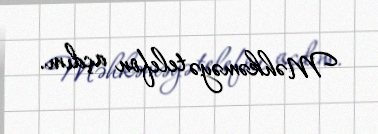
Məhkəməyə telefon açdım.